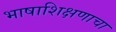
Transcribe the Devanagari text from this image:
भाषाशिक्षणाचा